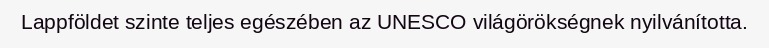
Lappföldet szinte teljes egészében az UNESCO világörökségnek nyilvánította.